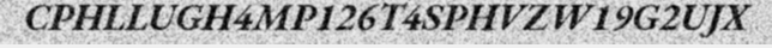
CPHLLUGH4MP126T4SPHVZW19G2UJX